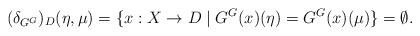
LaTeX: \begin{align*}(\delta_{G^G})_D(\eta, \mu) = \{x : X \rightarrow D \mid G^G(x)(\eta) = G^G(x)(\mu)\} = \emptyset .\end{align*}